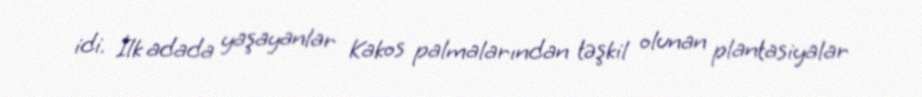
idi. İlk adada yaşayanlar Kakos palmalarından təşkil olunan plantasiyalar